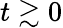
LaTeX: t\gtrsim 0